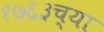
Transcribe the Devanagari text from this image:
१७६३च्या